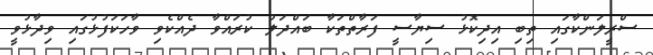
ސްރީލަންކާގައި ތިބި އިދިކޮޅު ސިޔާސީ ފަރާތްތަކާ ބައްދަލު ކުރައްވާ ދެއްކެވި ވާހަކަފުޅުގައި ވިދާޅުވީ